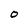
Character: 0